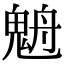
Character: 𩳉